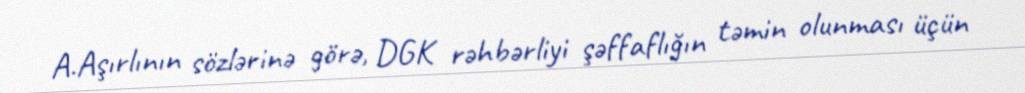
A.Aşırlının sözlərinə görə, DGK rəhbərliyi şəffaflığın təmin olunması üçün